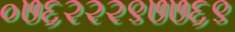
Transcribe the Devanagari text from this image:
०७६२२२९७७६९